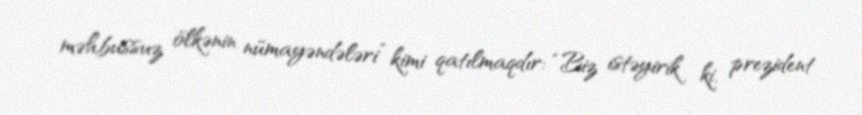
məhbussuz ölkənin nümayəndələri” kimi qatılmaqdır: “Biz istəyirik ki, prezident